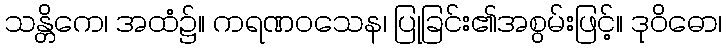
သန္တိကေ၊ အထံ၌။ ကရဏဝသေန၊ ပြုခြင်း၏အစွမ်းဖြင့်။ ဒုဝိဓော၊